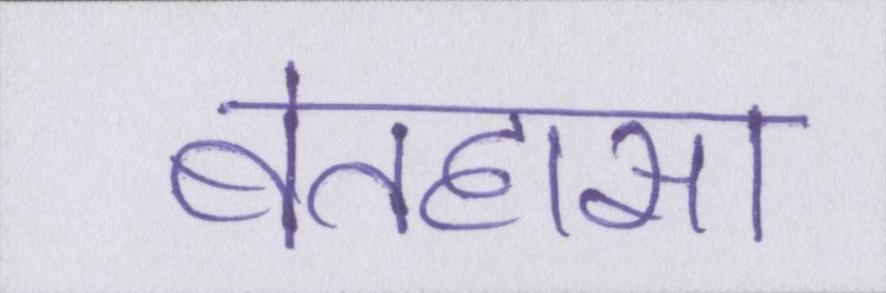
बेतहासा